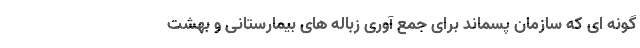
گونه ای که سازمان پسماند برای جمع آوری زباله های بیمارستانی و بهشت